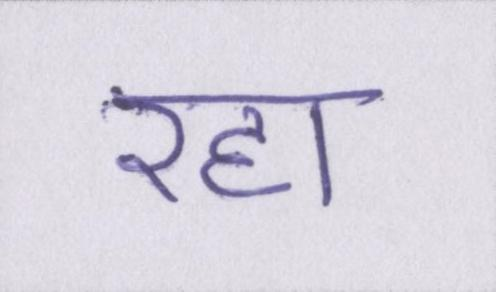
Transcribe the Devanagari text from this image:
रहा